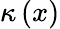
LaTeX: \kappa\left(x\right)